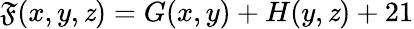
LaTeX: \mathfrak{F}(x,y,\mathit{z})=G(x,y)+H(y,\mathit{z})+21